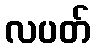
လပတ်